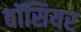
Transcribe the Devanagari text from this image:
बॉसियर